Vaccination report Assam 1874-1896 - 1874-1896
Year: 1874
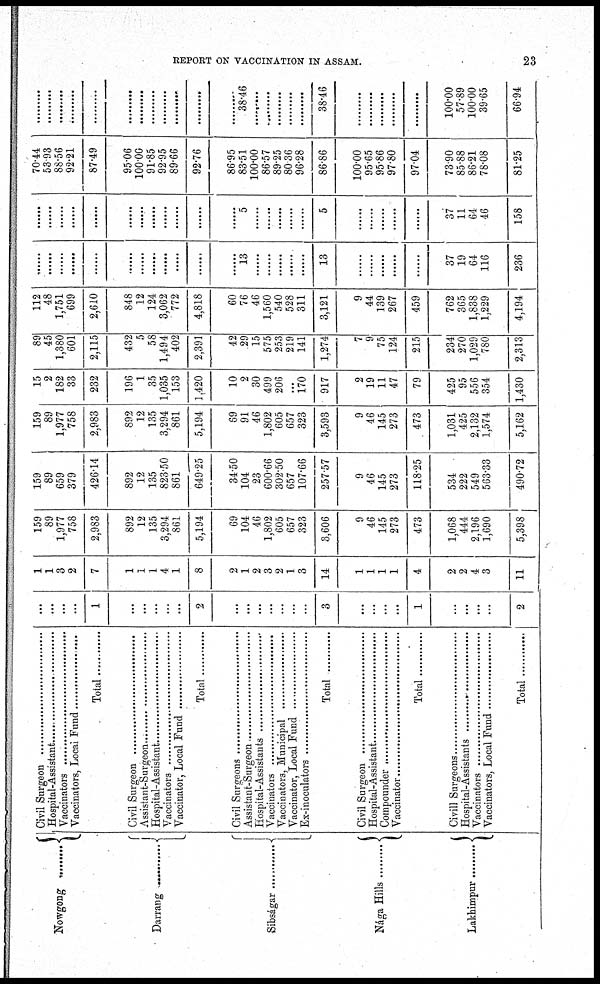
REPORT ON VACCINATION IN ASSAM.
23
Nowgong .........
Darrang .........
Sibságar .........
Nága Hills
Lakhimpur .........
Civil Surgeon .................................
Hospital-Assistants ........................
Vaccinators .................................
Vaccinators, Local Fund ..................
Total ............
Civil Surgeon ..............................
Assistant-Surgeon...........................
Hospital-Assistant ...........................
Vaccinators ....................................
Vaccinator, Local Fund ..................
Total ............
Civil Surgeons ...........................
Assistant-Surgeons .....................
Hospital-Assistants .....................
Vaccinators .................................
Vaccinators, Municipal ..................
Vaccinator, Local Fund..................
Ex-inoculators .................................
Total .........
Civil Surgeons ...........................
Hospital-Assistants .....................
Compounder .................................
Vaccinator ....................................
Total
Civil Surgeons ...........................
Hospital-Assistants .....................
Vaccinator ....................................
Vaccinators, Local Fund ..................
Total .........
...
...
...
...
1
...
...
...
...
...
2
...
...
...
...
...
...
...
3
...
...
...
...
1
...
...
...
...
2
1
1
3
2
7
1
1
1
4
1
8
2
1
2
3
2
1
3
14
1
1
1
1
4
2
2
4
3
11
159
89
1,977
758
2,983
892
12
135
3,294
861
5,194
69
104
46
1,802
605
657
323
3,606
9
46
145
273
473
1,068
444
2,196
1,690
5,398
159
89
659
379
426.14
892
12
135
823.50
861
649.25
34.50
104
23
600.66
302.50
657
107.66
257.57
9
46
145
273
118.25
534
222
549
563.33
490.72
159
89
1,977
758
2,983
892
12
135
3,294
861
5,194
69
91
46
1,802
605
657
323
3,593
9
46
145
273
473
1,031
425
2,132
1,574
5,162
15
2
182
33
232
196
1
35
1,035
153
1,420
10
2
30
499
206
...
170
917
2
19
11
47
79
425
95
556
354
1,430
89
45
1,380
601
2,115
432
5
58
1,494
402
2,391
42
29
15
575
253
219
141
1,274
7
9
75
124
215
234
270
1,029
780
2,313
112
48
1,751
699
2,610
848
12
124
3,062
772
4,818
60
76
46
1,560
540
528
311
3,121
9
44
139
267
459
762
365
1,838
1,229
4,194
......
......
......
......
......
......
......
......
......
......
......
......
13
......
......
......
......
......
13
......
......
......
......
......
37
19
64
116
236
......
......
......
......
......
......
......
......
......
......
......
......
5
......
......
......
......
......
5
......
......
......
......
......
37
11
64
46
158
70.44
53.93
88.56
92.21
87.49
95.06
100.00
91.85
92.95
89.66
92.76
86.95
83.51
100.00
86.57
89.25
80.36
96.28
86.86
100.00
95.65
95.86
97.80
97.04
73.90
85.88
86.21
78.08
81.25
......
......
......
......
......
......
......
......
......
......
......
......
38.46
......
......
......
......
......
38.46
......
......
......
......
......
100.00
57.89
100.00
39.65
66.94